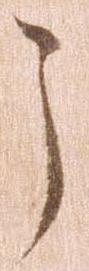
う